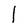
Character: l